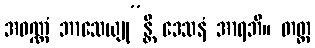
အဝဏ္ဏံ ဘာသေယျု”န္တိ ဒေသနံ အာရဘိ။ တတ္ထ